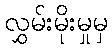
လွှမ်းမိုးမှုမှ